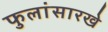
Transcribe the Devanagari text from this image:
फुलांसारखे